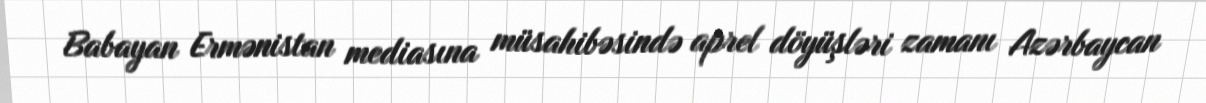
Babayan Ermənistan mediasına müsahibəsində aprel döyüşləri zamanı Azərbaycan